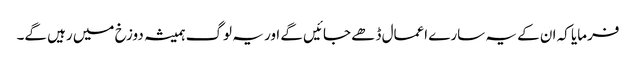
فرمایا کہ ان کے یہ سارے اعمال ڈھے جائیں گے اور یہ لوگ ہمیشہ دوزخ میں رہیں گے۔